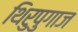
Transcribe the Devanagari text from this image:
थिरुपुगाज